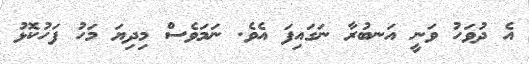
އެ ދުވަހު ވަނީ އަނބުރާ ނަގައިފަ އެވެ. ނަމަވެސް މިދިޔަ މަހު ފަހުކޮޅު